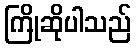
ကြိုဆိုပါသည်